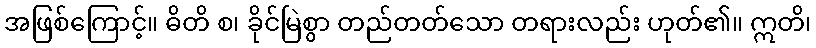
အဖြစ်ကြောင့်။ ဓိတိ စ၊ ခိုင်မြဲစွာ တည်တတ်သော တရားလည်း ဟုတ်၏။ ဣတိ၊